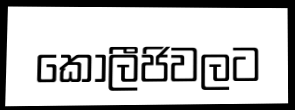
කොලීජිවලට